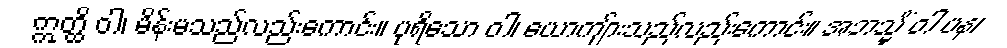
ဣတ္ထိ ဝါ၊ မိန်းမသည်လည်းကောင်း။ ပုရိသော ဝါ၊ ယောကျ်ားသည်လည်းကောင်း။ အဘသ္မိံ ဝါ ပန၊